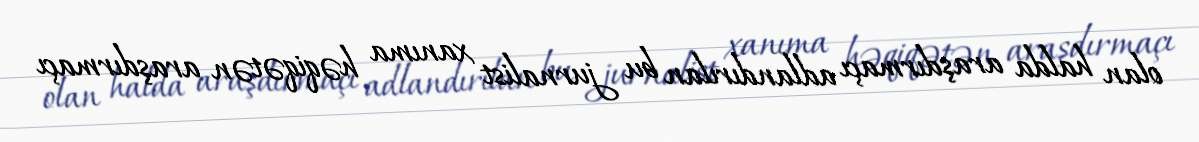
olan halda araşdırmaçı adlandırılan bu jurnalist xanıma həqiqətən araşdırmaçı